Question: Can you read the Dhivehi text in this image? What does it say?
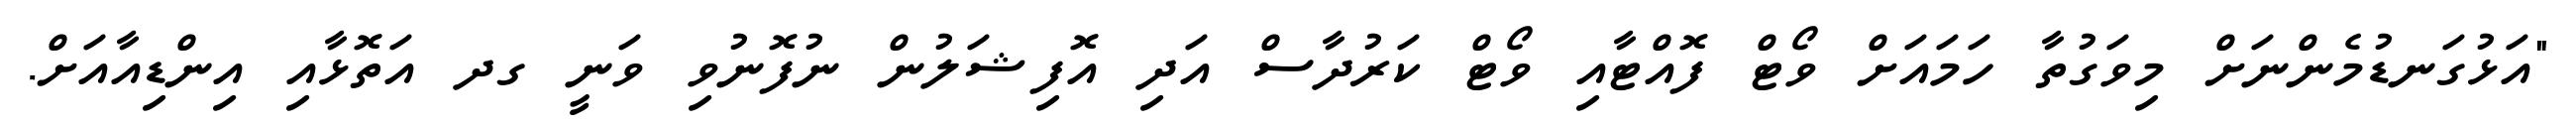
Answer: "އަޅުގަނޑުމެންނަށް މިވަގުތާ ހަމައަށް ވޯޓް ފޮއްޓާއި ވޯޓް ކަރުދާސް އަދި އޮފިޝަލުން ނުފޮނުވި ވަނީ ގދ އަތޮޅާއި އިންޑިއާއަށް.